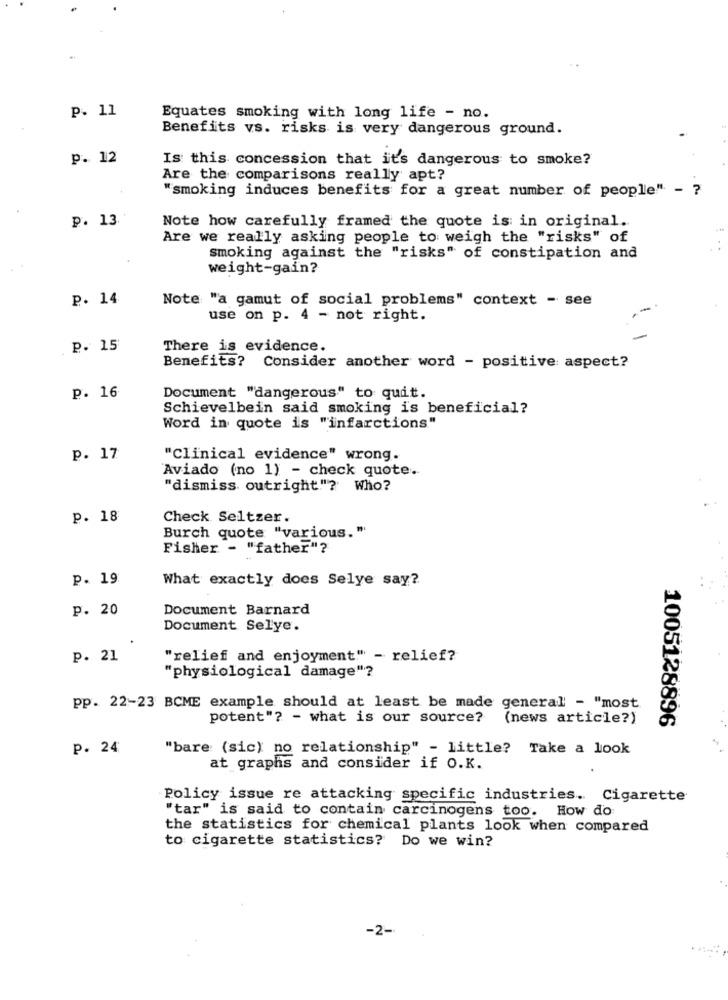
P. 11
Equates smoking with long life - no.
Benefits vs. risks is very dangerous ground.
p. 12
Is this concession that it's dangerous to smoke?
Are the comparisons really apt?
"smoking induces benefits for a great number of people" - ?
p. 13
Note how carefully framed the quote is: in original.
Are we really asking people to weigh the "risks" of
smoking against the "risks" of constipation and
weight-gain?
P. 14
Note "a gamut of social problems" context - see
use on p. 4 - not right.
P. 15
There is evidence.
Benefits? Consider another word - positive aspect?
p. 16
Document "dangerous" to quit.
Schievelbein said smoking is beneficial?
Word in quote is "infarctions"
p. 17
"Clinical evidence" wrong.
Aviado (no 1) - check quote.
"dismiss outright"? Who?
p. 18
Check Seltzer.
Burch quote "various. "
Fisher - "father"?
p. 19
What exactly does Selye say?
p. 20
Document Barnard
Document Selye.
p. 21
"relief and enjoyment" - relief?
"physiological damage"?
pp. 22-23 BCME example should at least be made general - "most
potent"? - what is our source?
(news article?)
1005128896
p. 24
"bare (sic) no relationship" - little? Take a look
at graphs and consider if O.K.
Policy issue re attacking specific industries. Cigarette
"tar" is said to contain carcinogens too. How do
the statistics for chemical plants look when compared
to cigarette statistics? Do we win?
-2-